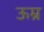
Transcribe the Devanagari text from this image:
ऊम्र